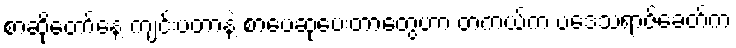
စာဆိုတော်နေ့ ကျင်းပတာနဲ့ စာပေဆုပေးတာတွေဟာ တကယ်က ပဒေသရာဇ်ခေတ်က